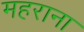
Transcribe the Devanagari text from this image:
महराना